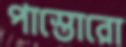
পাস্তোরো